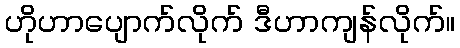
ဟိုဟာပျောက်လိုက် ဒီဟာကျန်လိုက်။